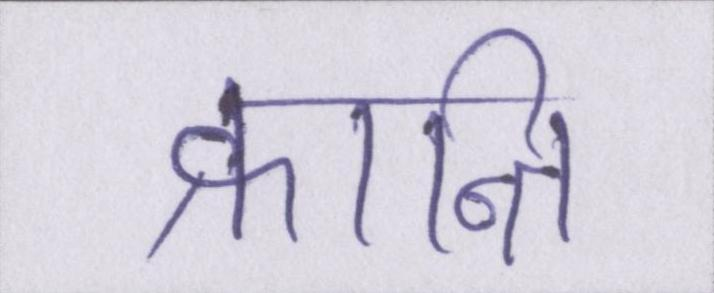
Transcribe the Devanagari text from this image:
क्रान्ति